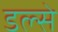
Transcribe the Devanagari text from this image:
डल्से